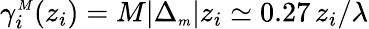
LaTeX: \gamma_{i}^{{\scriptscriptstyle M}}(z_{i})=M|\Delta_{{\scriptscriptstyle m}}|z_{i}\simeq 0.27\, z_{i}/\lambda